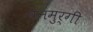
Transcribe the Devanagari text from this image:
वनमुर्गी